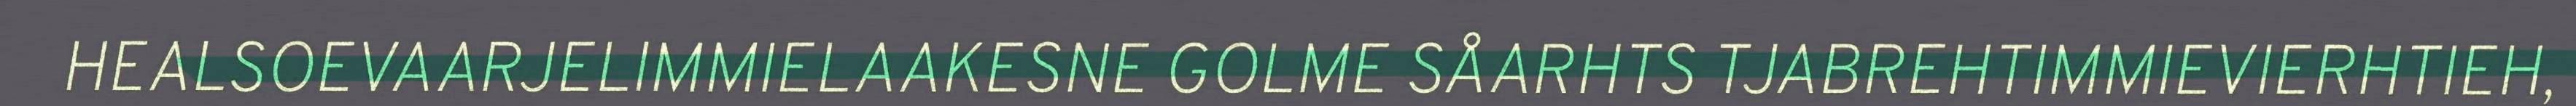
HEALSOEVAARJELIMMIELAAKESNE GOLME SÅARHTS TJABREHTIMMIEVIERHTIEH,